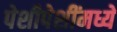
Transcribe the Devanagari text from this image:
पेशीपेशींमध्ये